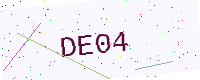
Text: DE04